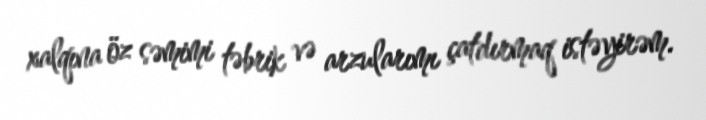
xalqına öz səmimi təbrik və arzularımı çatdırmaq istəyirəm.